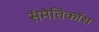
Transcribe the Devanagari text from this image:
संमेतिकॉस